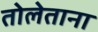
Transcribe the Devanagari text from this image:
तोलेताना